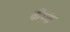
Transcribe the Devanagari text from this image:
कँप्स